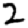
Digit: 2